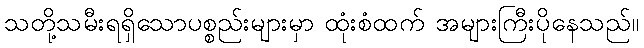
သတို့သမီးရရှိသောပစ္စည်းများမှာ ထုံးစံထက် အများကြီးပိုနေသည်။